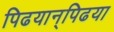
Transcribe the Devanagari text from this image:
पिढयान्‌पिढया